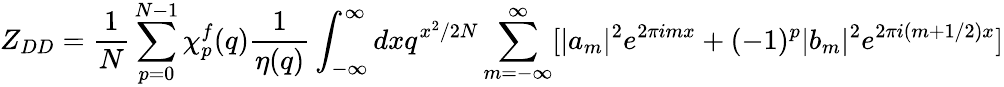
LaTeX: Z_{DD}={\frac{1}{N}}\sum_{p=0}^{N-1}\chi_{p}^{f}(q){\frac{1}{\eta(q)}}\int_{-\infty}^{\infty}dxq^{x^{2}/2N}\sum_{m=-\infty}^{\infty}[|a_{m}|^{2}e^{2\pi imx}+(-1)^{p}|b_{m}|^{2}e^{2\pi i(m+1/2)x}]